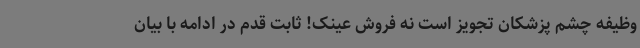
وظیفه چشم پزشکان تجویز است نه فروش عینک! ثابت قدم در ادامه با بیان